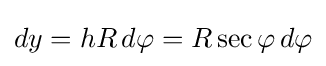
dy=hR\,d\varphi =R\sec \varphi \,d\varphi